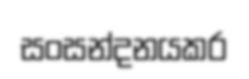
සංසන්දනයකර